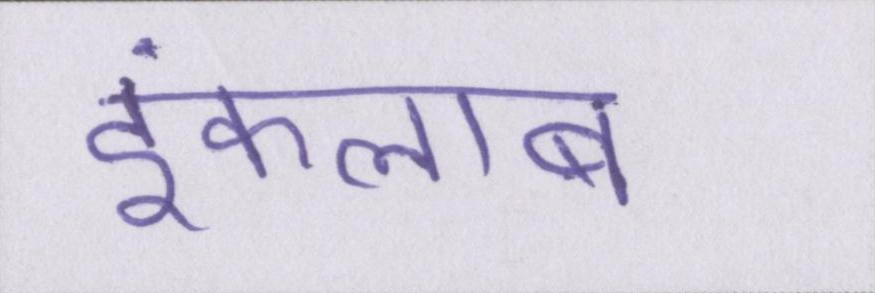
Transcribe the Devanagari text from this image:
इंकलाब